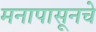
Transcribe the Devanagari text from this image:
मनापासूनचे